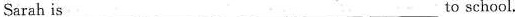
Sarah is___ ___ ___ ___ ___to school.